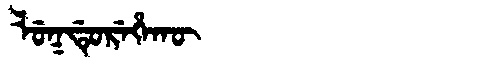
Manchu: ᠯᡠᡴᡩᡠᡵᡝᡥᠠᡴᡡ
Romanization: LUKDUREHAKŪ